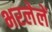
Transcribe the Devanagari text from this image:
भरलेलें